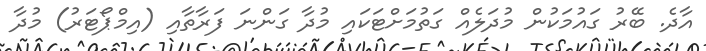
އާދެ. ބޭރު ގައުމަކުން މުދަލެއް ގަތުމަށްޓަކައި މުދާ ގަންނަ ފަރާތާއި (އިމްޕޯޓަރު) މުދާ